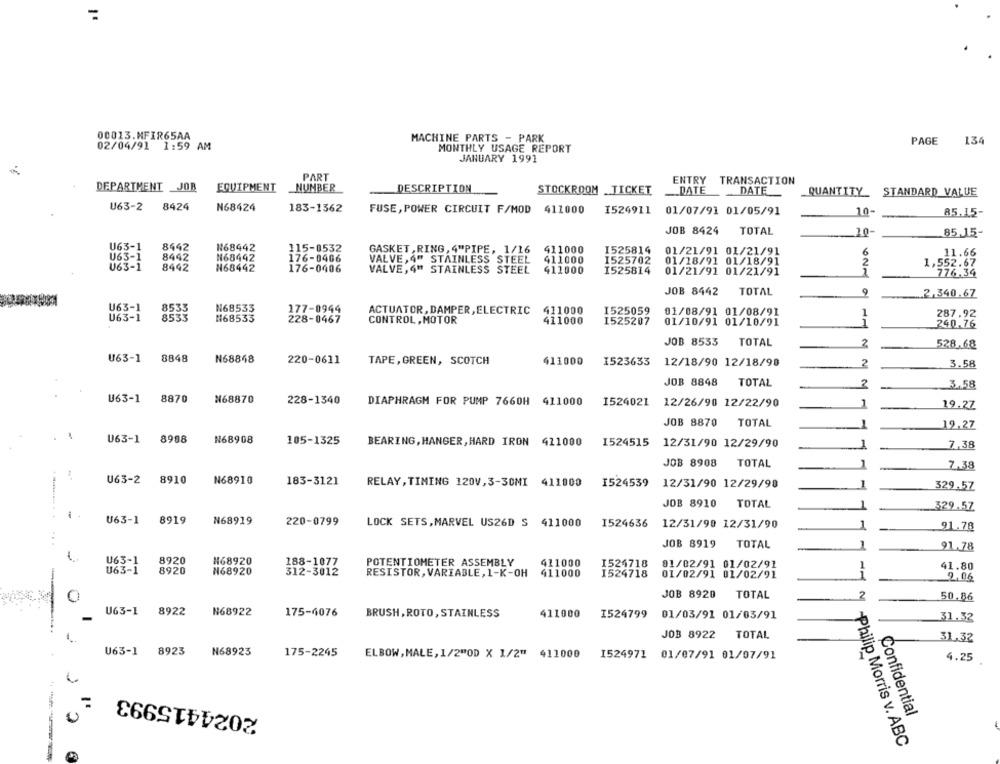
00013.MFIR65AA
MACHINE PARTS - PARK
02/04/91 1:59 AM
PAGE
134
MONTHLY USAGE REPORT
JANUARY 1991
PART
ENTRY TRANSACTION
DEPARTMENT _JOB
EQUIPMENT
NUMBER
DESCRIPTION
STOCKROOM _TICKET
.DATE
DATE
STANDARD VALUE
QUANTITY
U63-2 8424
N68424
183-1362
FUSE, POWER CIRCUIT F/MOD 411000
I524911 01/07/91 01/05/91
10-
85.15-
JOB 8424
TOTAL
10-
85.15-
U63-1
8442
N68442
115-0532
GASKET , RING, 4"PIPE, 1/16 411000
I525814
01/21/91 01/21/91
6
11.66
U63-1
8442
N68442
176-0406
VALVE, 4" STAINLESS STEEL 411000
1525702
01/18/91 01/18/91
U63-1
8442
N68442
176-0406
1,552.67
VALVE, 4" STAINLESS STEEL
411000
1525814
01/21/91 01/21/91
776.34
JOB 8442
TOTAL
9
2,340.67
U63-1
8533
N68533
177-0944
ACTUATOR, DAMPER, ELECTRIC
411000
1525059
01/08/91 01/08/91
1
287.92
U63-1
8533
N68533
228-0467
CONTROL, MOTOR
411000
1525207
01/10/91 01/10/91
1
240.76
JOB 8533
TOTAL
2
528,68
U63-1
8848
N68848
220-0611
TAPE, GREEN, SCOTCH
411000
I523633
12/18/90 12/18/98
2
3.58
JOB 8848
TOTAL
2
3,58
U63-1
8870
N68870
228-1340
DIAPHRAGM FOR PUMP 7660H 411000
1524021 12/26/90 12/22/90
1
19.2Z
JOB 8870
TOTAL
1
19.27
U63-1
8988
N68908
105-1325
BEARING, HANGER, HARD IRON 411080
1524515 12/31/90 12/29/90
1
7.38
JOB 8908
TOTAL
7.38
1
U63-2
8910
N68910
183-3121
RELAY, TIMING 120V, 3-30MI 411000 1524539 12/31/90 12/29/98
329.57
JOB 8910 TOTAL
329.57
U63-1
8919
N68919
220-0799
LOCK SETS, MARVEL US26D S 411000
1524636
12/31/90 12/31/90
91.78
JOB 8919
TOTAL
-
91.78
U63-1
8920
N68920
188-1077
POTENTIOMETER ASSEMBLY
411000
I524718
01/02/91 01/02/91
1
41.80
U63-1
8920
₦68920
312-3012
RESISTOR, VARIABLE, 1-K-OH
411000
1524718
01/02/91 01/02/91
9.06
JOB 8920
TOTAL
2
50.86
0
U63-1
8922
N68922
175-6076
BRUSH, ROTO, STAINLESS
411000
I524799 01/03/91 01/03/91
31.32
JOB 8922 TOTAL
31,32
U63-1
8923
N68923
175-2245
ELBOW, MALE, 1/2"OD X 1/2" 411000
I524971 01/07/91 01/07/91
4.25
2024415993
C
Confidential
Philip Morris v. ABC